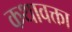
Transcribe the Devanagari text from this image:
कथावक्ता